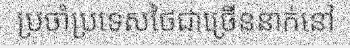
ប្រចាំប្រទេសថៃជាច្រើននាក់នៅ